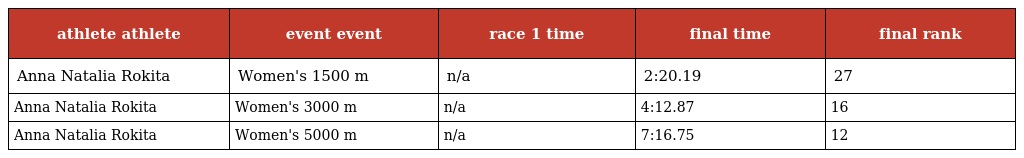
| athlete athlete | event event | race 1 time | final time | final rank |
 | --- | --- | --- | --- | --- |
 | Anna Natalia Rokita | Women's 1500 m | n/a | 2:20.19 | 27 |
 | Anna Natalia Rokita | Women's 3000 m | n/a | 4:12.87 | 16 |
 | Anna Natalia Rokita | Women's 5000 m | n/a | 7:16.75 | 12 |